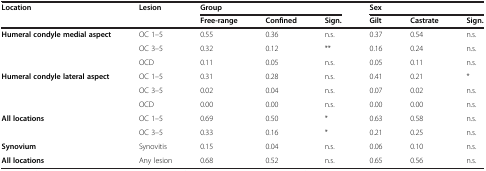
<table><thead><tr><td><b>Location</b></td><td><b>Lesion</b></td><td colspan="3"><b>Group</b></td><td colspan="3"><b>Sex</b></td></tr><tr><td></td><td></td><td><b>Free-range</b></td><td><b>Confined</b></td><td><b>Sign.</b></td><td><b>Gilt</b></td><td><b>Castrate</b></td><td><b>Sign.</b></td></tr></thead><tbody><tr><td rowspan="3"><b>Humeral condyle medial aspect</b></td><td>OC 1–5</td><td>0.55</td><td>0.36</td><td>n.s.</td><td>0.37</td><td>0.54</td><td>n.s.</td></tr><tr><td>OC 3–5</td><td>0.32</td><td>0.12</td><td>**</td><td>0.16</td><td>0.24</td><td>n.s.</td></tr><tr><td>OCD</td><td>0.11</td><td>0.05</td><td>n.s.</td><td>0.05</td><td>0.11</td><td>n.s.</td></tr><tr><td rowspan="3"><b>Humeral condyle lateral aspect</b></td><td>OC 1–5</td><td>0.31</td><td>0.28</td><td>n.s.</td><td>0.41</td><td>0.21</td><td>*</td></tr><tr><td>OC 3–5</td><td>0.02</td><td>0.04</td><td>n.s.</td><td>0.07</td><td>0.02</td><td>n.s.</td></tr><tr><td>OCD</td><td>0.00</td><td>0.00</td><td>n.s.</td><td>0.00</td><td>0.00</td><td>n.s.</td></tr><tr><td rowspan="2"><b>All locations</b></td><td>OC 1–5</td><td>0.69</td><td>0.50</td><td>*</td><td>0.63</td><td>0.58</td><td>n.s.</td></tr><tr><td>OC 3–5</td><td>0.33</td><td>0.16</td><td>*</td><td>0.21</td><td>0.25</td><td>n.s.</td></tr><tr><td><b>Synovium</b></td><td>Synovitis</td><td>0.15</td><td>0.04</td><td>n.s.</td><td>0.06</td><td>0.10</td><td>n.s.</td></tr><tr><td><b>All locations</b></td><td>Any lesion</td><td>0.68</td><td>0.52</td><td>n.s.</td><td>0.65</td><td>0.56</td><td>n.s.</td></tr></tbody></table>